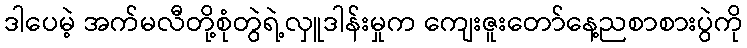
ဒါပေမဲ့ အက်မလီတို့စုံတွဲရဲ့လှူဒါန်းမှုက ကျေးဇူးတော်နေ့ညစာစားပွဲကို